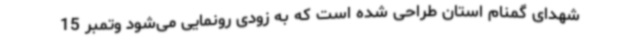
شهدای گمنام استان طراحی شده است که به زودی رونمایی می‌شود وتمبر 15